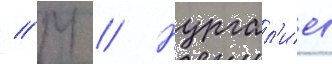
// М // Нургал'иев